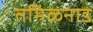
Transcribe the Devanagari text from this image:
तमिळनाड